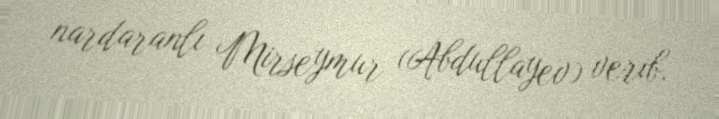
nardaranlı Mirseymur (Abdullayev) verib.